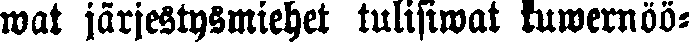
wat järjestysmiehet tulisiwat kuwernöö-